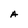
Character: A